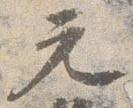
元